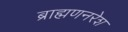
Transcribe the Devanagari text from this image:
ब्राह्मणनरेश